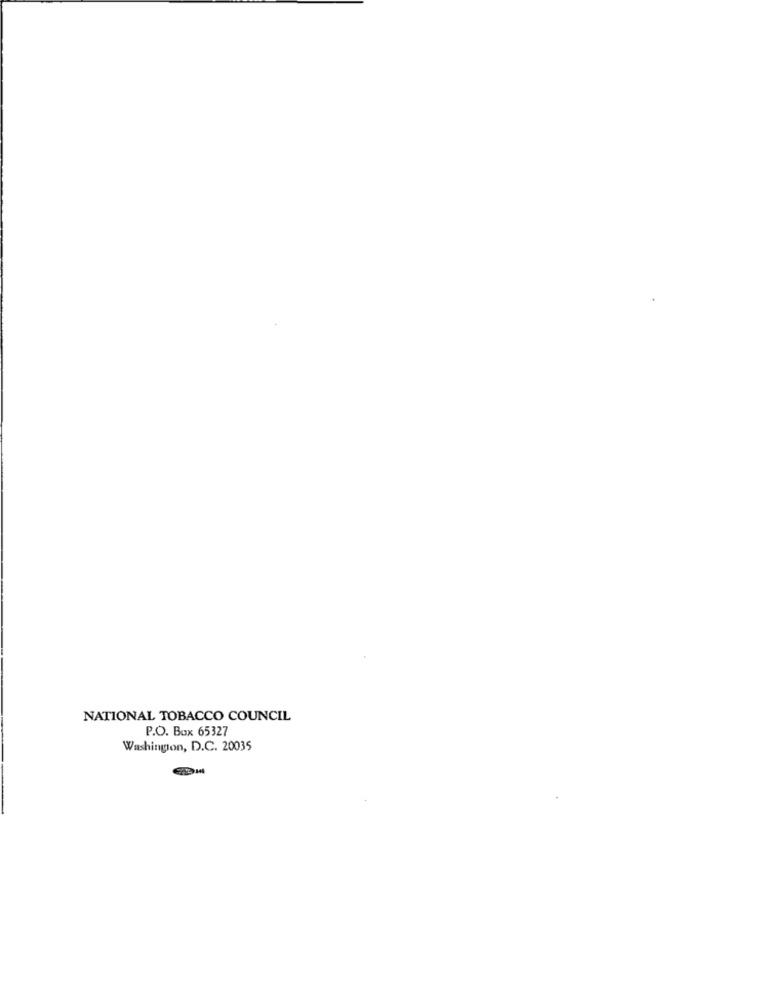
NATIONAL TOBACCO COUNCIL
P.O. Box 65327
Washington, D.C. 20035